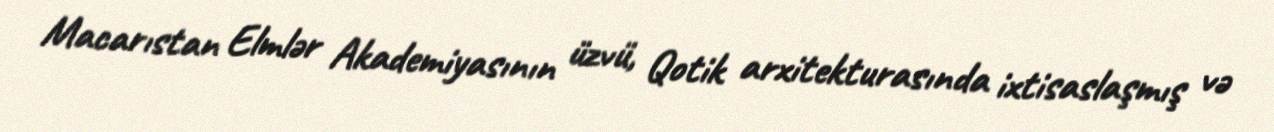
Macarıstan Elmlər Akademiyasının üzvü, Qotik arxitekturasında ixtisaslaşmış və